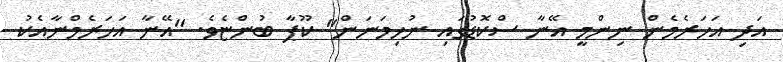
އަދި އަހަރެމެން ނިންމީ އޭނާ ސްކޮޑުގައި ނުހިމަނަން" ކޫޕާ ބުންޏެވެ. "އޭނާ އަހަރެމްނާއެކު